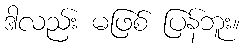
ဒါလည်း မဖြစ် ပြန်ဘူး။